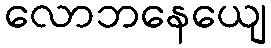
လောဘနေယျေ